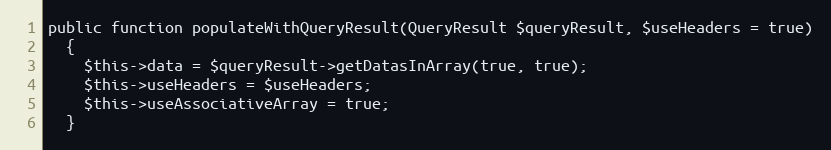
Language: PHP
public function populateWithQueryResult(QueryResult $queryResult, $useHeaders = true)
  {
    $this->data = $queryResult->getDatasInArray(true, true);
    $this->useHeaders = $useHeaders;
    $this->useAssociativeArray = true;
  }